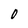
Character: 0